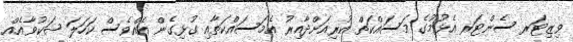
ވިޒިޓަރ ސެންޓަރ އެޅުމުގެ މަސައްކަތް ކުރިއަށްދާއިރު އެމަސައްކަތާއި ގުޅިގެން އެއްވެސް ކަހަލަ ޝަކުވާއެއް